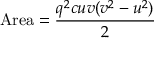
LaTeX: { \mathrm { A r e a } } = { \frac { q ^ { 2 } c u v ( v ^ { 2 } - u ^ { 2 } ) } { 2 } }